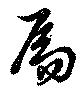
扄